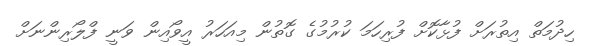
ހިދުމަތް އިތުރަށް ފުޅާކޮށް ފުރިހަމަ ކުރުމުގެ ގޮތުން މިއަހަރު އީވޯއިން ވަނީ ފްލޯރިންނަށް